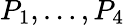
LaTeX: P_{1},\ldots,P_{4}